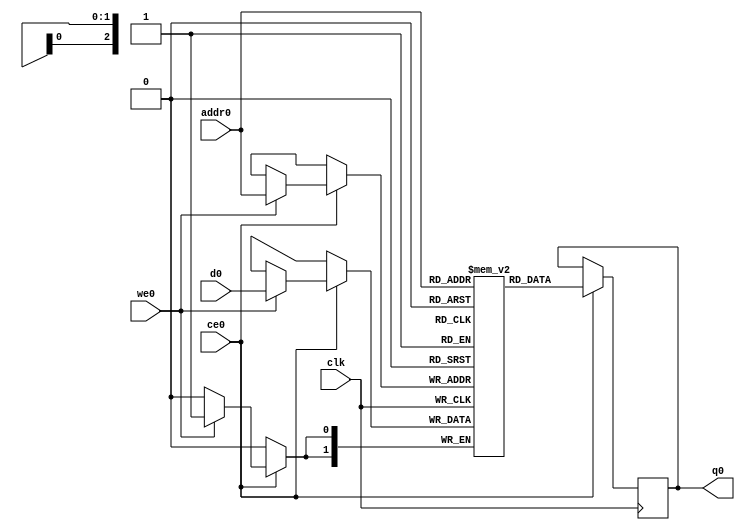
// ==============================================================
// Vitis HLS - High-Level Synthesis from C, C++ and OpenCL v2020.2 (64-bit)
// Copyright 1986-2020 Xilinx, Inc. All Rights Reserved.
// ==============================================================
`timescale 1 ns / 1 ps
module StreamingMaxPool_Batch_4_StreamingMaxPool_Precision_16u_2u_256u_ap_int_2_2_512_s_buf_V_0_ram (addr0, ce0, d0, we0, q0,  clk);

parameter DWIDTH = 2;
parameter AWIDTH = 3;
parameter MEM_SIZE = 8;

input[AWIDTH-1:0] addr0;
input ce0;
input[DWIDTH-1:0] d0;
input we0;
output reg[DWIDTH-1:0] q0;
input clk;

reg [DWIDTH-1:0] ram[0:MEM_SIZE-1];




always @(posedge clk)  
begin 
    if (ce0) begin
        if (we0) 
            ram[addr0] <= d0; 
        q0 <= ram[addr0];
    end
end


endmodule

`timescale 1 ns / 1 ps
module StreamingMaxPool_Batch_4_StreamingMaxPool_Precision_16u_2u_256u_ap_int_2_2_512_s_buf_V_0(
    reset,
    clk,
    address0,
    ce0,
    we0,
    d0,
    q0);

parameter DataWidth = 32'd2;
parameter AddressRange = 32'd8;
parameter AddressWidth = 32'd3;
input reset;
input clk;
input[AddressWidth - 1:0] address0;
input ce0;
input we0;
input[DataWidth - 1:0] d0;
output[DataWidth - 1:0] q0;



StreamingMaxPool_Batch_4_StreamingMaxPool_Precision_16u_2u_256u_ap_int_2_2_512_s_buf_V_0_ram StreamingMaxPool_Batch_4_StreamingMaxPool_Precision_16u_2u_256u_ap_int_2_2_512_s_buf_V_0_ram_U(
    .clk( clk ),
    .addr0( address0 ),
    .ce0( ce0 ),
    .we0( we0 ),
    .d0( d0 ),
    .q0( q0 ));

endmodule